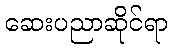
ဆေးပညာဆိုင်ရာ